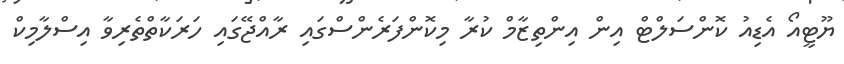
ޔޫޓީއޯ އެޑިއު ކޮންސަލްޓް އިން އިންތިޒާމް ކުރާ މިކޮންފަރެންސްގައި ރާއްޖޭގައި ހަރަކާތްތެރިވާ އިސްލާމިކް